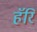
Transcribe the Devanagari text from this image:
हॅरि